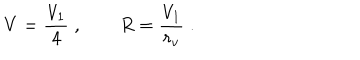
V = \frac { V _ { 1 } } { 4 } \; , \qquad R = \frac { V _ { 1 } } { r _ { v } } \; .